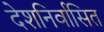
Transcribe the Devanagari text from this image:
देशनिर्वासित